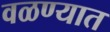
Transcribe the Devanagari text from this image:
वळण्यात